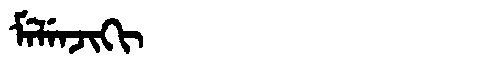
Manchu: ᠮᡝᠯᡝᠨᠵᡳᡴᡳ
Romanization: MELENJIKI